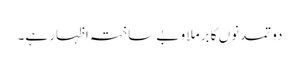
دو تمدنوں کا برملا و بے ساختہ اظہار ہے۔